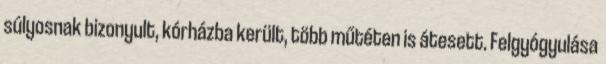
súlyosnak bizonyult, kórházba került, több műtéten is átesett. Felgyógyulása